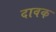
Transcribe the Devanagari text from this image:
दावक